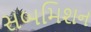
સબમિશન